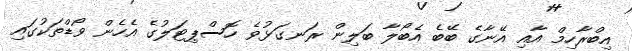
އިބްރާހިމް އާއި އޭނާގެ ބޭބެ އެބޯލާ ބަލިން ރަނގަޅުވެ ހޮސްޕިޓަލުގެ އެހެން ވޯޑްތަކުގައި